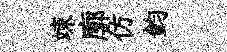
竦廓仿鈞